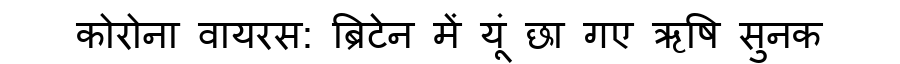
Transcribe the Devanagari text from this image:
कोरोना वायरस: ब्रिटेन में यूं छा गए ऋषि सुनक